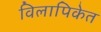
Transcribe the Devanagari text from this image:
विलापिकेत